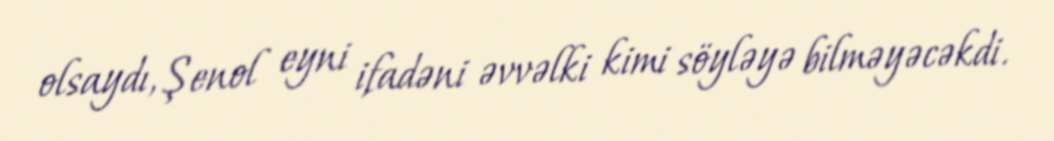
olsaydı, Şenol eyni ifadəni əvvəlki kimi söyləyə bilməyəcəkdi.